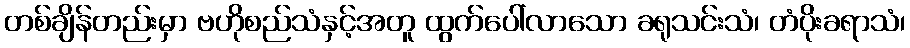
တစ်ချိန်တည်းမှာ ဗဟိုစည်သံနှင့်အတူ ထွက်ပေါ်လာသော ခရုသင်းသံ၊ တံပိုးခရာသံ၊